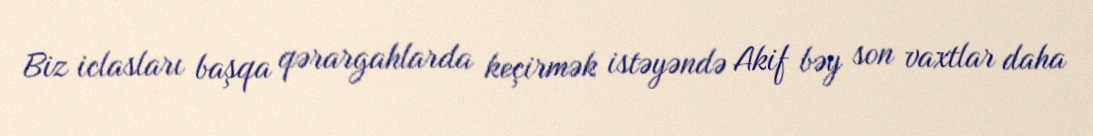
Biz iclasları başqa qərargahlarda keçirmək istəyəndə Akif bəy son vaxtlar daha